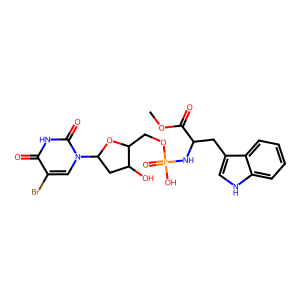
SMILES: COC(=O)C(Cc1c[nH]c2ccccc12)NP(=O)(O)OCC1OC(n2cc(Br)c(=O)[nH]c2=O)CC1O
Inhibits HIV replication: No